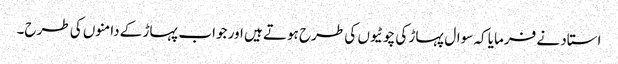
استاد نے فرمایا کہ سوال پہاڑ کی چوٹیوں کی طرح ہوتے ہیں اور جواب پہاڑ کے دامنوں کی طرح۔